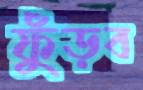
ফুঁড়ব